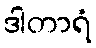
ဒါတာရံ